Civil Veterinary Department. United Provinces 1912-22 - 1912-1922
Year: 1912
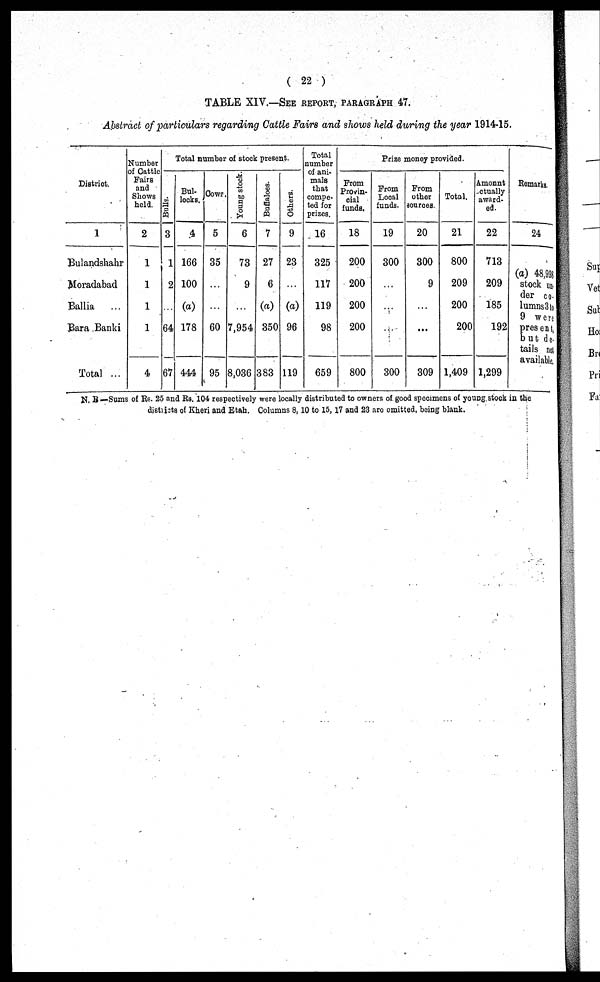
( 22 )
TABLE XIV—SEE REPORT, PARAGRAPH 47.
Abstract of particulars regarding Cattle Fairs and shows held during the year 1914-15.
District.
1
Bulandshahr
Moradabad
Ballia
...
Bara Banki
Total ...
Number
of Cattle
Fairs
and
Shows
held.
2
1
1
1
1
4
Total number of stock present.
Bulls.
3
1
2
64
67
Bul-
locks.
4
166
100
(a)
178
444
Cows.
5
35
…
…
60
95
Young stock.
6
73
9
…
7,954
8,036
Buffaloes.
7
27
6
(a)
350
383
Others.
9
23
…
(a)
96
119
Total
number
of ani-
mals
that
compe-
ted for
prizes.
16
325
117
119
98
659
Prize money provided.
From
Provin-
cial
funds.
18
200
200
200
200
800
From
Local
funds.
19
300
…
…
…
300
From
other
sources.
20
300
9
…
...
309
Total.
21
800
209
200
200
1,409
Amount
dually
award-
ed.
22
713
209
185
192
1,299
Remarks.
24
(a) 48,9
stock un-
der co.
lumns 3 to
9 wen
present,
but de-
tails not
available.
N. B—Sums of Rs. 25 and Rs. 104 respectively were locally distributed to owners of good specimens of young stock in the
districts of Kheri and Etah. Columns 8, 10 to 15, 17 and 23 and omitted, being blank.